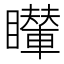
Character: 𥌦